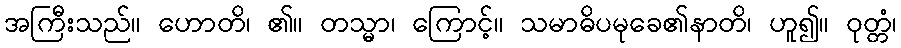
အကြီးသည်။ ဟောတိ၊ ၏။ တသ္မာ၊ ကြောင့်။ သမာဓိပမုခေ၏နာတိ၊ ဟူ၍။ ဝုတ္တံ၊